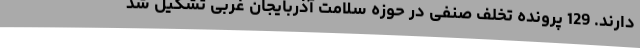
دارند. 129 پرونده تخلف صنفی در حوزه سلامت آذربایجان غربی تشکیل شد